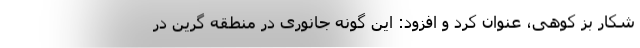
شکار بز کوهی، عنوان کرد و افزود: این گونه جانوری در منطقه گرین در